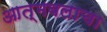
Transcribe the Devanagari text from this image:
आत्मबलाचा